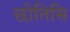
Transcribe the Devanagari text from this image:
छोतिसि